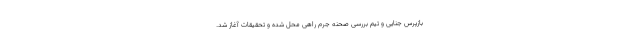
بازپرس جنایی و تیم بررسی صحنه جرم راهی محل شده و تحقیقات آغاز شد.